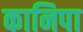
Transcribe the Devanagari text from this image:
कानिपा